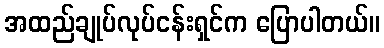
အထည်ချုပ်လုပ်ငန်းရှင်က ပြောပါတယ်။